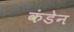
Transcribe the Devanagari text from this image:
कंडेन